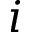
i